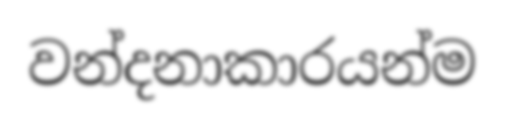
වන්දනාකාරයන්ම